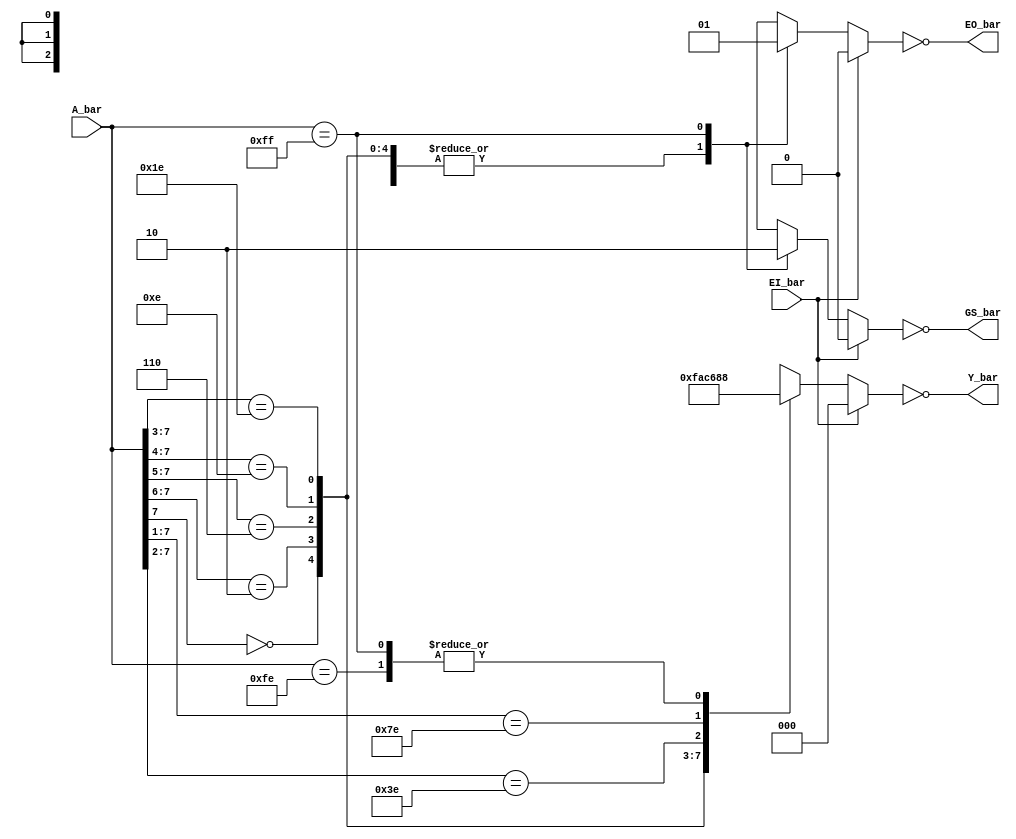
// 8-line to 3-line priority encoder

module ttl_74148 #(parameter WIDTH_IN = 8, WIDTH_OUT = 3, DELAY_RISE = 0, DELAY_FALL = 0)
(
  input EI_bar,
  input [WIDTH_IN-1:0] A_bar,
  output EO_bar,
  output GS_bar,
  output [WIDTH_OUT-1:0] Y_bar
);

//------------------------------------------------//
reg EO_computed;
reg GS_computed;
reg [WIDTH_OUT-1:0] Y_computed;

always @(*)
begin
  if (EI_bar)
  begin
    // equal to EI (inverted)
    EO_computed = 0;
    // equal to EI (inverted)
    GS_computed = 0;

    // lowest priority (inverted)
    Y_computed = 3'b000;
  end
  else
  begin
    // normally opposite of EI (inverted)
    EO_computed = 0;
    // normally equal to EI (inverted)
    GS_computed = 1;

    casez (A_bar)
      8'b0???????: Y_computed = 3'b111;
      8'b10??????: Y_computed = 3'b110;
      8'b110?????: Y_computed = 3'b101;
      8'b1110????: Y_computed = 3'b100;
      8'b11110???: Y_computed = 3'b011;
      8'b111110??: Y_computed = 3'b010;
      8'b1111110?: Y_computed = 3'b001;
      8'b11111110: Y_computed = 3'b000;
      8'b11111111:
      begin
        // exception: equal to EI (inverted)
        EO_computed = 1;
        // exception: opposite of EI (inverted)
        GS_computed = 0;

        // lowest priority (inverted)
        Y_computed = 3'b000;
      end
      default: Y_computed = 3'b000;
    endcase
  end
end
//------------------------------------------------//

assign #(DELAY_RISE, DELAY_FALL) EO_bar = ~EO_computed;
assign #(DELAY_RISE, DELAY_FALL) GS_bar = ~GS_computed;
assign #(DELAY_RISE, DELAY_FALL) Y_bar = ~Y_computed;

endmodule